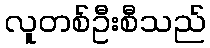
လူတစ်ဦးစီသည်